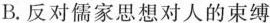
B.反对儒家思想对人的束缚